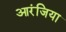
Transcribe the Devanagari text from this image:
आरंजिया